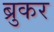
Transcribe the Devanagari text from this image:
ब्रुकर